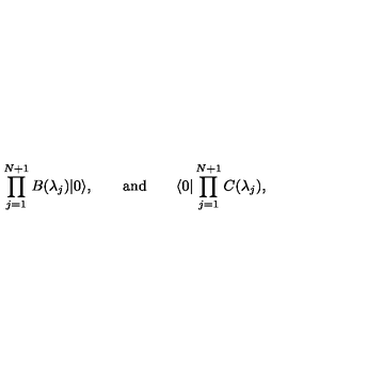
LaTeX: \prod _ { j = 1 } ^ { N + 1 } B ( \lambda _ { j } ) | 0 \rangle , \qquad \mathrm { a n d } \qquad \langle 0 | \prod _ { j = 1 } ^ { N + 1 } C ( \lambda _ { j } ) ,